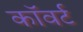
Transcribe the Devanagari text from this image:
कॉवर्ट